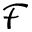
\mathcal { F }